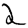
Digit: 2